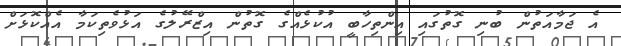
އެ ޖަމާއަތުން ބުނި ގޮތުގައި އިންތިހާބީ އުކުޅެއްގެ ގޮތުން އިޒްރޭލުގެ އަޅުވެތިކަމާ އެއްކޮޅަށް